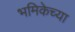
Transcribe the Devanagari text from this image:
भमिकेच्या